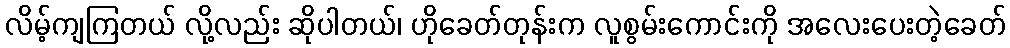
လိမ့်ကျကြတယ် လို့လည်း ဆိုပါတယ်၊ ဟိုခေတ်တုန်းက လူစွမ်းကောင်းကို အလေးပေးတဲ့ခေတ်